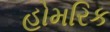
હોમરિક